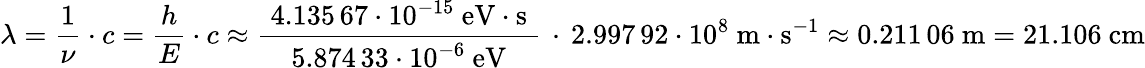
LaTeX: \lambda={\frac{1}{\nu}}\cdot c={\frac{h}{E}}\cdot c\approx{\frac{\; 4.135\, 67\cdot 10^{-15}\ \mathrm{eV}\cdot{\mathrm{s}}\; }{5.874\, 33\cdot 10^{-6}\ \mathrm{eV}}}\, \cdot\, 2.997\, 92\cdot 10^{8}\ \mathrm{m}\cdot\mathrm{s}^{-1}\approx 0.211\, 06\ \mathrm{m}=21.106\ \mathrm{cm}